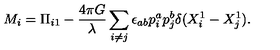
M _ { i } = \Pi _ { i 1 } - \frac { 4 \pi G } { \lambda } \sum _ { i \ne j } \epsilon _ { a b } p _ { i } ^ { a } p _ { j } ^ { b } \delta ( X _ { i } ^ { 1 } - X _ { j } ^ { 1 } ) .